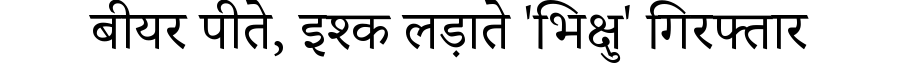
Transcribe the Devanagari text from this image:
बीयर पीते, इश्क लड़ाते 'भिक्षु' गिरफ्तार